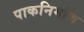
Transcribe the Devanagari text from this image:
पाकनिर्माण